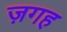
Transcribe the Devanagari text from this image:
ज़गह